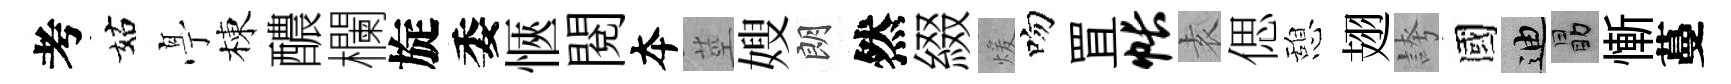
考姑𠅘棟醲欄旋委愜閲夲莖嫂朗然綴煖吻罝帐𡊮偲憩翅誇國迪勗慚蔓